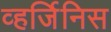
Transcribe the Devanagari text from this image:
व्हर्जिनिस